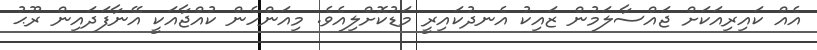
އެއް ކައިރިއަކަށް ޖައްސާލަމުން ޒައިކު އެނދުކައިރީ މަޑުކޮށްލިއެވެ. މިއަންހެން ކުއްޖާއަކީ އޭނާފަދައިން ރޫޙު